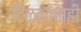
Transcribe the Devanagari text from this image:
टिळकांचाही